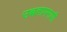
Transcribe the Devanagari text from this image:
उच्चतापमापी